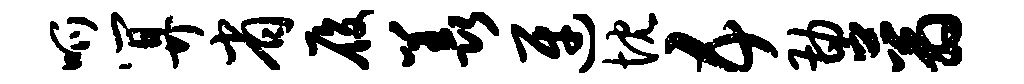
呱算省履羡迓忱五勘蓊